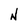
Character: N